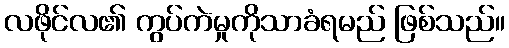
လဖိုင်လ၏ ကွပ်ကဲမှုကိုသာခံရမည် ဖြစ်သည်။